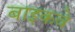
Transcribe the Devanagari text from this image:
बाइकवे